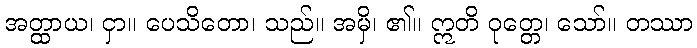
အတ္ထာယ၊ ငှာ။ ပေသိတော၊ သည်။ အမှိ၊ ၏။ ဣတိ ဝုတ္တေ၊ သော်။ တဿာ